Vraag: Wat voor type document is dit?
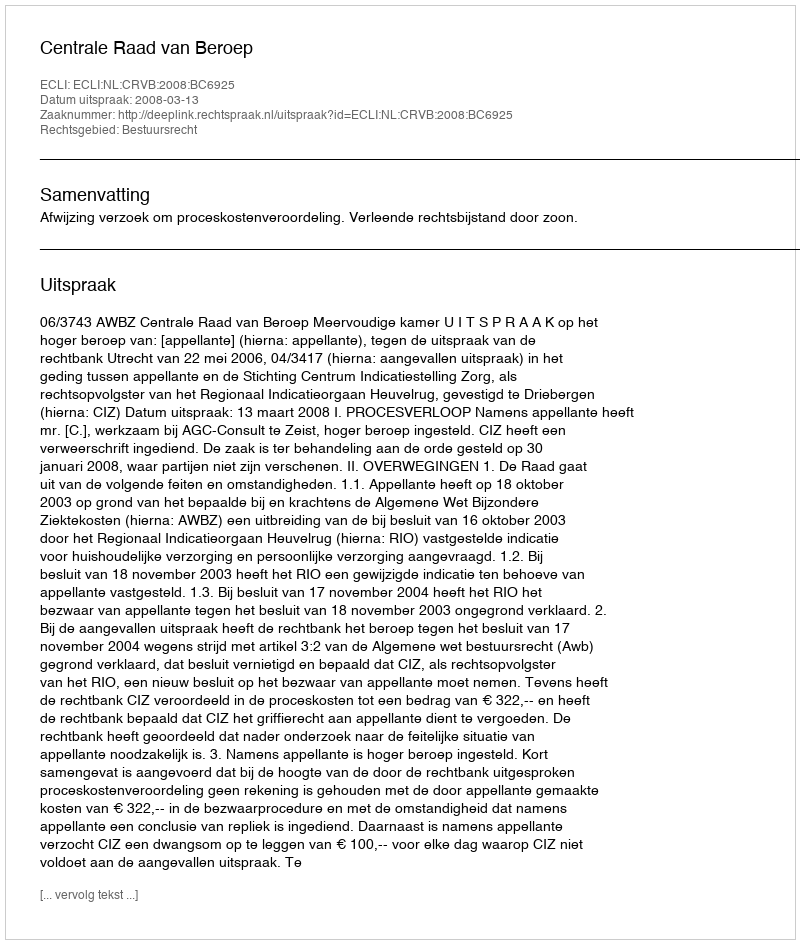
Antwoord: Uitspraak